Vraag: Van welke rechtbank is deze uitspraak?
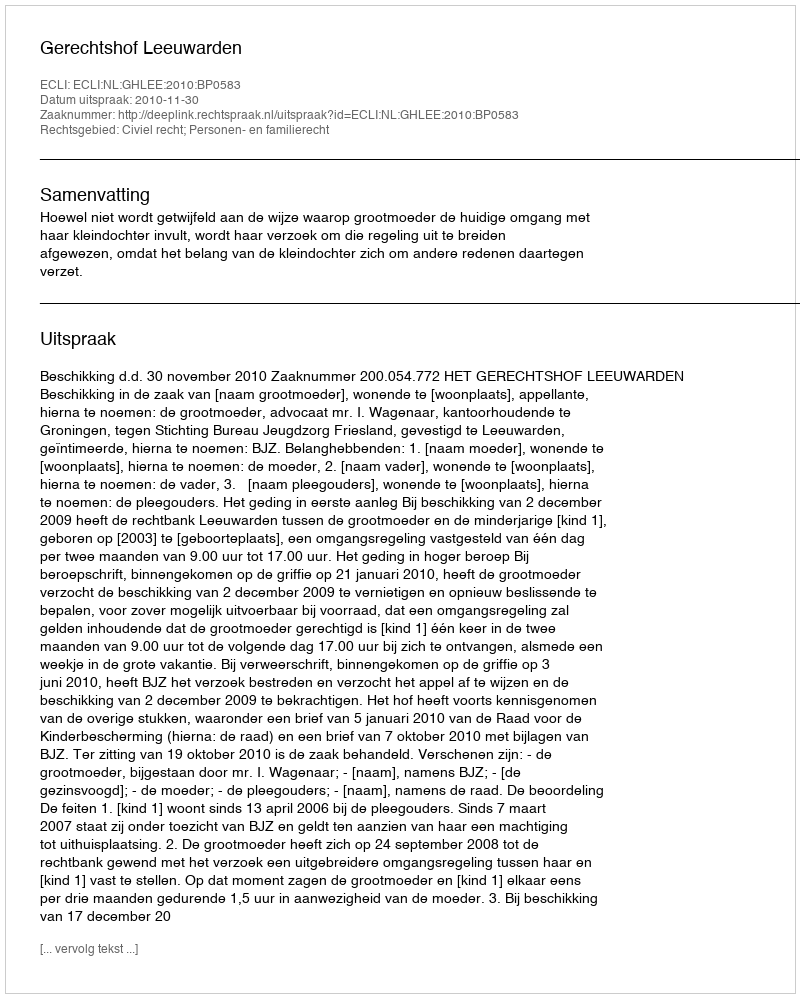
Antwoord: Gerechtshof Leeuwarden